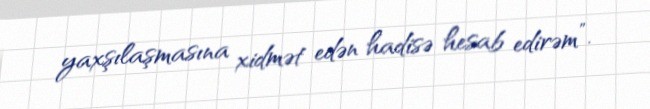
yaxşılaşmasına xidmət edən hadisə hesab edirəm”.